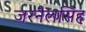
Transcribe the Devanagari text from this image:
जरनैलसिंह